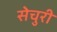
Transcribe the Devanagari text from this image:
सेचुरी